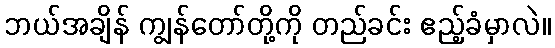
ဘယ်အချိန် ကျွန်တော်တို့ကို တည်ခင်း ဧည့်ခံမှာလဲ။